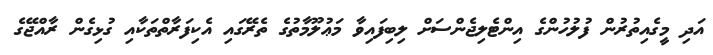
އަދި މީގެއިތުރުން ފުލުހުންގެ އިންޓެލިޖެންސަށް ލިބިފައިވާ މަޢުލޫމާތުގެ ތެރޭގައި އެކިފަރާތްތަކާއި ގުޅިގެން ރާއްޖޭގެ